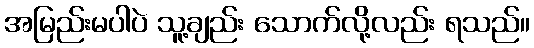
အမြည်းမပါပဲ သူ့ချည်း သောက်လို့လည်း ရသည်။